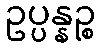
ဥပ္ပန္နဉ္စ